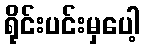
ရိုင်းပင်းမှပေါ့